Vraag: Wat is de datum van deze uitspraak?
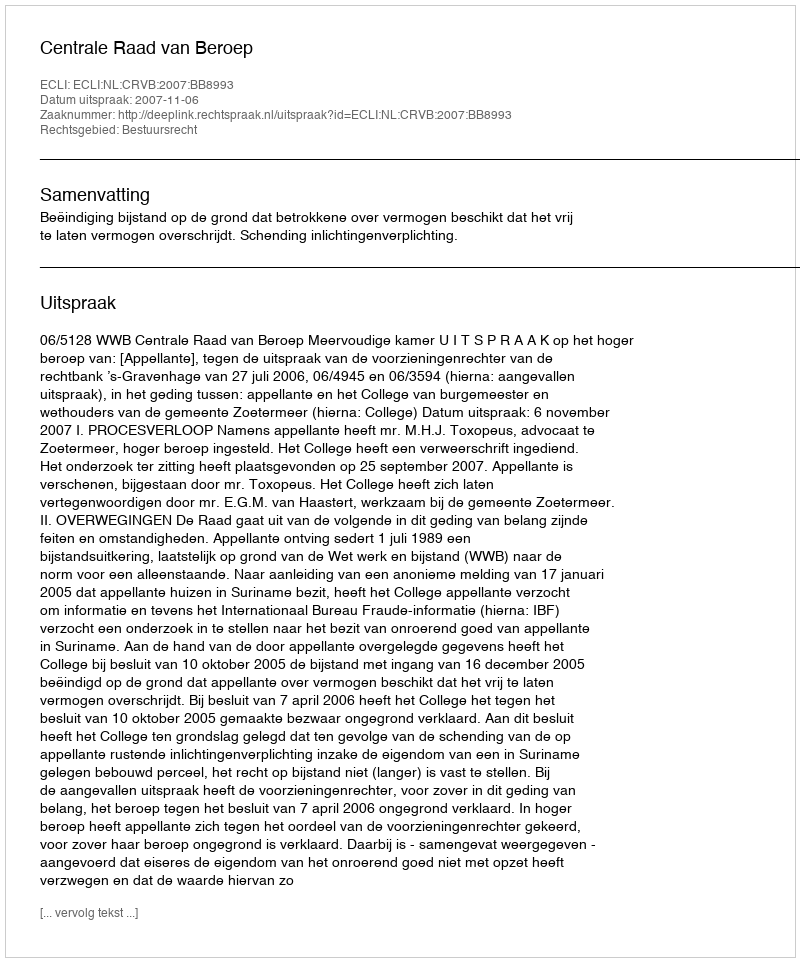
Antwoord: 2007-11-06